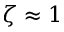
\zeta \approx 1